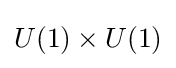
U(1)\times U(1)